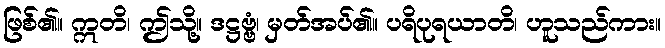
ဖြစ်၏။ ဣတိ၊ ဤသို့။ ဒဋ္ဌဗ္ဗံ၊ မှတ်အပ်၏။ ပရိပုရယာတိ၊ ဟူသည်ကား။